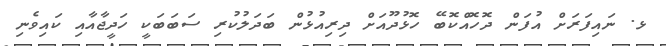
ޅ. ނައިފަރަށް އުފަން ދޮހޮއްކޮބޭ ހޮޅުދޫއަށް ދިރިއުޅުން ބަދަލުކުރި ސަބަބަކީ ހަދީޖާއާއި ކައިވެނި